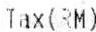
TAX(RM)